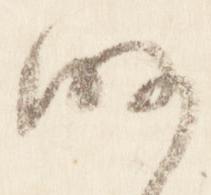
略